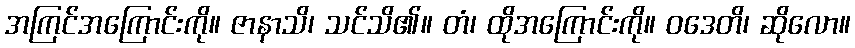
အကြင်အကြောင်းကို။ ဇာနာသိ၊ သင်သိ၏။ တံ၊ ထိုအကြောင်းကို။ ဝဒေတိ၊ ဆိုလော။